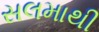
સલમાથી